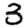
Digit: 3